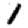
Digit: 1